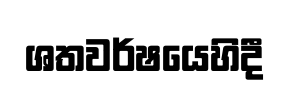
ශතවර්ෂයෙහිදී